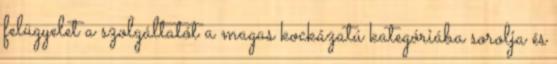
felügyelet a szolgáltatót a magas kockázatú kategóriába sorolja és